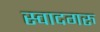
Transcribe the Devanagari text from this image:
स्वादगरु